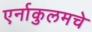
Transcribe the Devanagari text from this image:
एर्नाकुलमचे